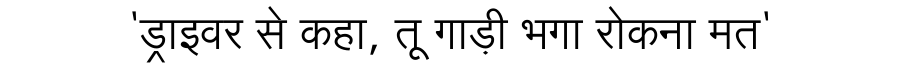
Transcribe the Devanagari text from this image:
'ड्राइवर से कहा, तू गाड़ी भगा रोकना मत'